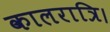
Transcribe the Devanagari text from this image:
कालरात्रि।